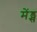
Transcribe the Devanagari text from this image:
मेंड्स